Indian journal of veterinary science and animal husbandry - Volume 12,
Year: 1942
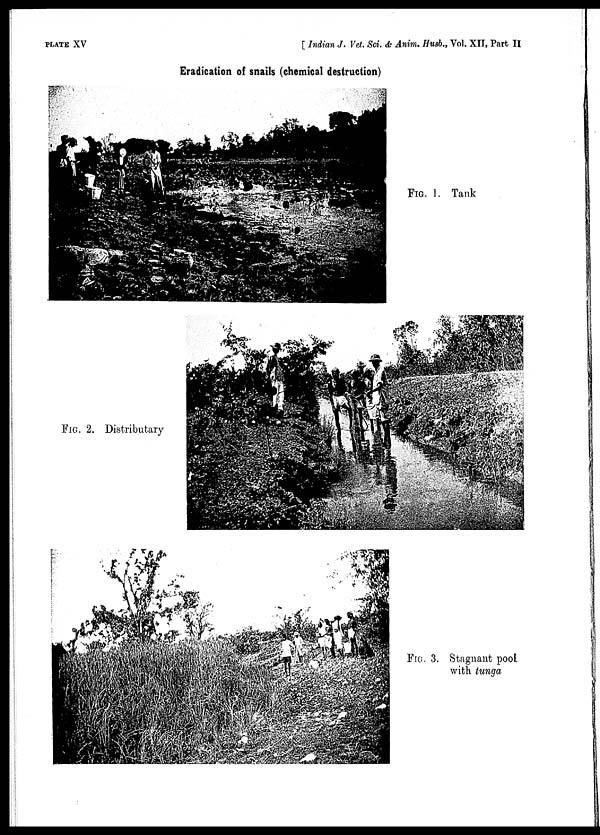
PLATE XV
[ Indian J. Vet. Sci. & Anim. Husb., Vol. XII, Part II
Eradication of snails (chemical destruction)
FIG. 1. Tank
FIG. 2. Distributary
FIG. 3. Stagnant pool
with tunga